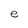
Character: e